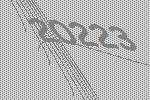
20223